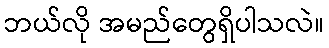
ဘယ်လို အမည်တွေရှိပါသလဲ။